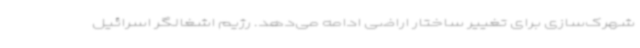
شهرک‌سازی برای تغییر ساختار اراضی ادامه می‌دهد. رژیم اشغالگر اسرائیل